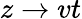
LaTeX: z\rightarrow vt